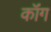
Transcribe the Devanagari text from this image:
कॉंग